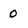
Character: 0